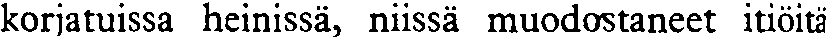
korjatuissa heinissä, niissä muodostaneet itiöitä